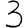
Digit: 3